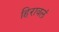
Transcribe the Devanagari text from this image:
हिरावलं